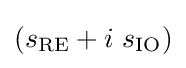
(s_{\mathrm {RE} }+i\ s_{\mathrm {IO} })